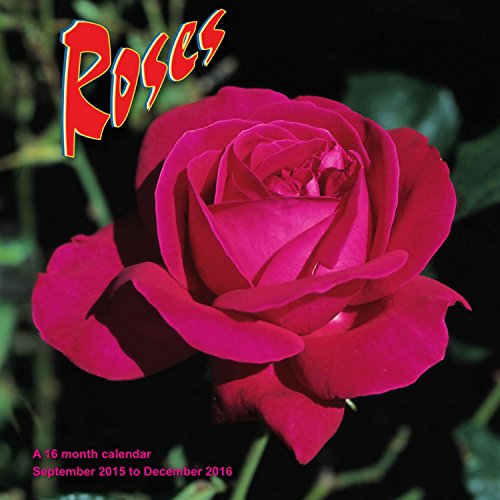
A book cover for Roses Calendar - 2016 Wall calendars - Garden Calendars - Flower Calendar - Monthly Wall Calendar by Magnum; MegaCalendars; Calendars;